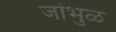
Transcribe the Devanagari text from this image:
जांभुळ